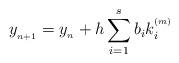
LaTeX: \begin{align*}y_{_{n+1}}=y_{_n}+h\displaystyle\sum\limits_{i=1}^{s} b_{i}k_{i}^{^{(m)}}\end{align*}